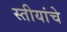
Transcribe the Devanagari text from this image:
स्तीयांचे